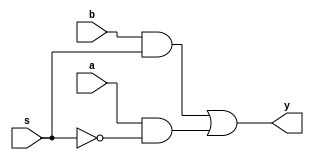
module mux21(a,b,s,y);
	input a,b,s;
	output y;

	assign y=(b&s)|(a&(~s));
endmodule